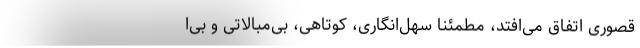
قصوری اتفاق می‌افتد، مطمئنا سهل‌انگاری، کوتاهی، بی‌مبالاتی و بی‌ا